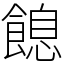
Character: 䭒